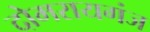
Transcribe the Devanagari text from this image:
दोमरायगंज